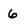
Character: 6